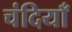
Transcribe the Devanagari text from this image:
चंदियाँ